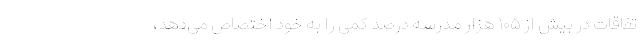
تفاقات در بیش از ۱۰۵ هزار مدرسه درصد کمی را به خود اختصاص می‌دهد،